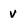
Character: V